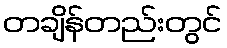
တချိန်တည်းတွင်